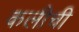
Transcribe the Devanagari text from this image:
कलीची